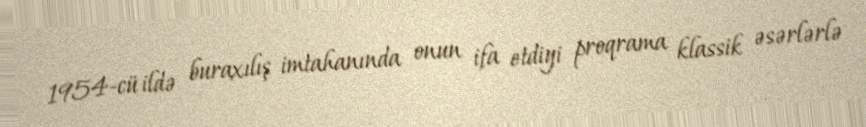
1954-cü ildə buraxılış imtahanında onun ifa etdiyi proqrama klassik əsərlərlə